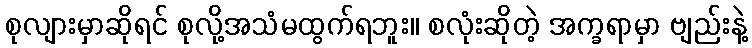
စုလျားမှာဆိုရင် စုလို့အသံမထွက်ရဘူး။ စလုံးဆိုတဲ့ အက္ခရာမှာ ဗျည်းနဲ့